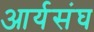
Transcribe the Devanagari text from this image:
आर्यसंघ